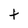
Character: t